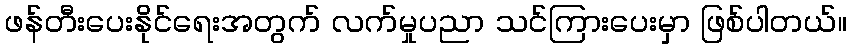
ဖန်တီးပေးနိုင်ရေးအတွက် လက်မှုပညာ သင်ကြားပေးမှာ ဖြစ်ပါတယ်။